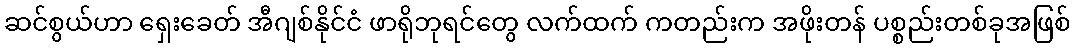
ဆင်စွယ်ဟာ ရှေးခေတ် အီဂျစ်နိုင်ငံ ဖာရိုဘုရင်တွေ လက်ထက် ကတည်းက အဖိုးတန် ပစ္စည်းတစ်ခုအဖြစ်